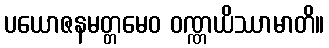
ပယောဇနမတ္တမေဝ ဝဏ္ဏယိဿာမာတိ။